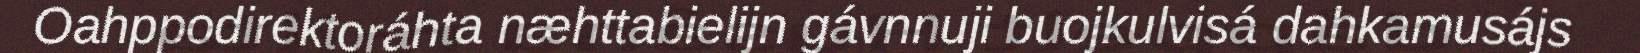
Oahppodirektoráhta næhttabielijn gávnnuji buojkulvisá dahkamusájs